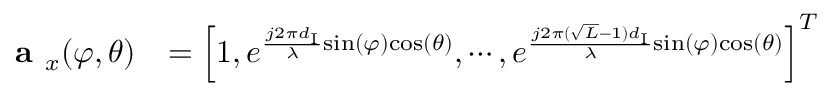
\begin{array} { r l } { \textbf { a } _ { x } ( \varphi , \theta ) } & { = \left[ 1 , e ^ { \frac { j 2 \pi d _ { \mathrm { I } } } { \lambda } \mathrm { s i n } ( \varphi ) \mathrm { c o s } ( \theta ) } , \cdots , e ^ { \frac { j 2 \pi ( \sqrt { L } - 1 ) d _ { \mathrm { I } } } { { \lambda } } \mathrm { s i n } ( \varphi ) \mathrm { c o s } ( \theta ) } \right] ^ { T } } \end{array}